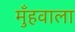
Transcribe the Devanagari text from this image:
मुँहवाला